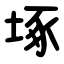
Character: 㙇